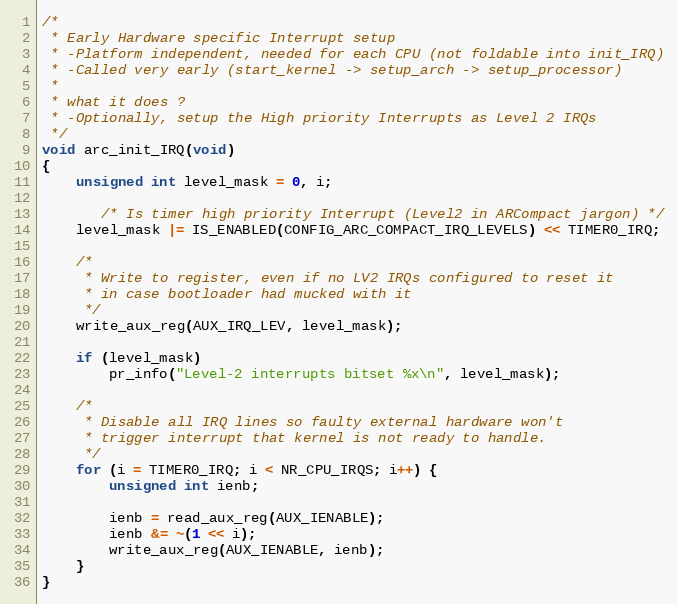
Language: C
/*
 * Early Hardware specific Interrupt setup
 * -Platform independent, needed for each CPU (not foldable into init_IRQ)
 * -Called very early (start_kernel -> setup_arch -> setup_processor)
 *
 * what it does ?
 * -Optionally, setup the High priority Interrupts as Level 2 IRQs
 */
void arc_init_IRQ(void)
{
	unsigned int level_mask = 0, i;

       /* Is timer high priority Interrupt (Level2 in ARCompact jargon) */
	level_mask |= IS_ENABLED(CONFIG_ARC_COMPACT_IRQ_LEVELS) << TIMER0_IRQ;

	/*
	 * Write to register, even if no LV2 IRQs configured to reset it
	 * in case bootloader had mucked with it
	 */
	write_aux_reg(AUX_IRQ_LEV, level_mask);

	if (level_mask)
		pr_info("Level-2 interrupts bitset %x\n", level_mask);

	/*
	 * Disable all IRQ lines so faulty external hardware won't
	 * trigger interrupt that kernel is not ready to handle.
	 */
	for (i = TIMER0_IRQ; i < NR_CPU_IRQS; i++) {
		unsigned int ienb;

		ienb = read_aux_reg(AUX_IENABLE);
		ienb &= ~(1 << i);
		write_aux_reg(AUX_IENABLE, ienb);
	}
}